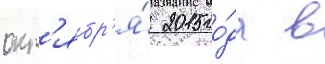
окт'ябр'я́ 2015 го́да в